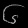
Digit: ၆